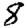
Digit: 8